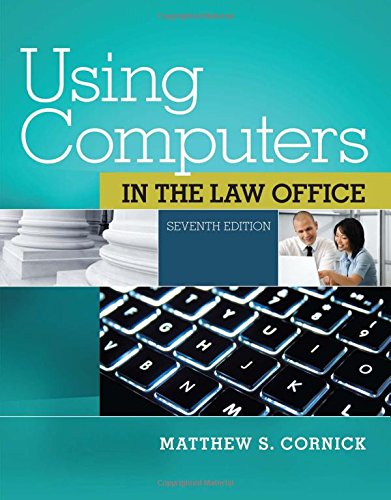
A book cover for Using Computers in the Law Office (with Premium Web Site Printed Access Card) (West Legal Studies); Matthew S. Cornick; Law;